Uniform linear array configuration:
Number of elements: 64
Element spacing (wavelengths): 0.25
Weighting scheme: binomial
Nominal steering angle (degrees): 0
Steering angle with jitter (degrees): -0.5255
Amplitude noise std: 0.05
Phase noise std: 0.05

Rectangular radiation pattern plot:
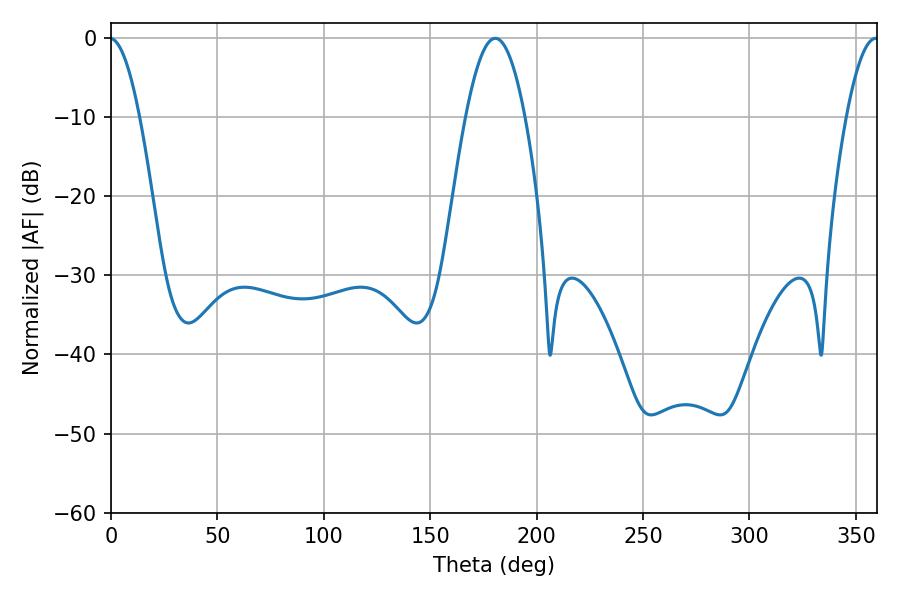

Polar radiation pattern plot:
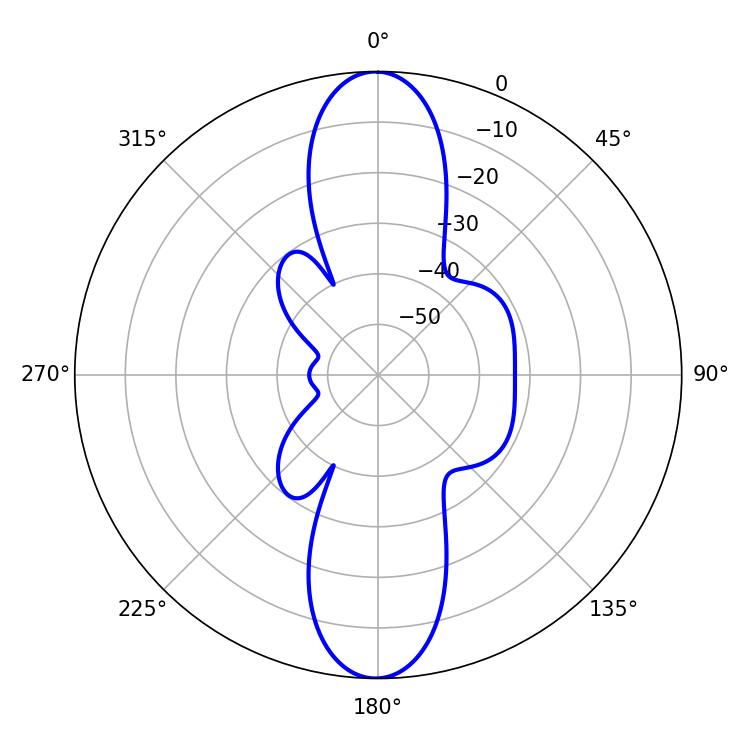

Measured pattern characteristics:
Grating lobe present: FALSE
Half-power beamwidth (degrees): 15.12
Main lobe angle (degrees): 180.54